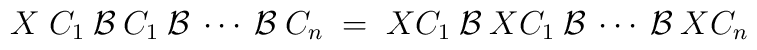
X \;C_1 \:{\cal{B}}\: C_1 \:{\cal{B}}\:  \cdots \:{\cal{B}} \:C_n\;=\;  XC_1 \:{\cal{B}}\: XC_1 \:{\cal{B}}\:  \cdots \:{\cal{B}} \:XC_n\;\;\;\;\;